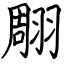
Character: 翢